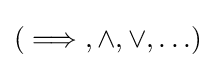
(\implies ,\land ,\lor ,\ldots )